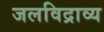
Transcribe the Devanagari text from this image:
जलविद्राव्य